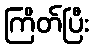
ကြိတ်ပြီး